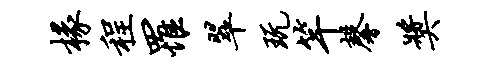
椽程罹翠玩竿馨奖